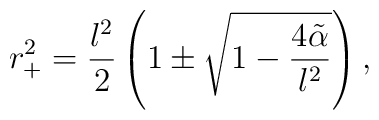
r_+^2 =\frac{l^2}{2}\left( 1\pm \sqrt{1-\frac{4\tilde \alpha}{l^2}}\right),